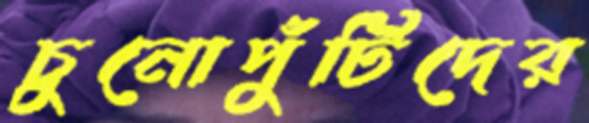
চুনোপুঁটিদের